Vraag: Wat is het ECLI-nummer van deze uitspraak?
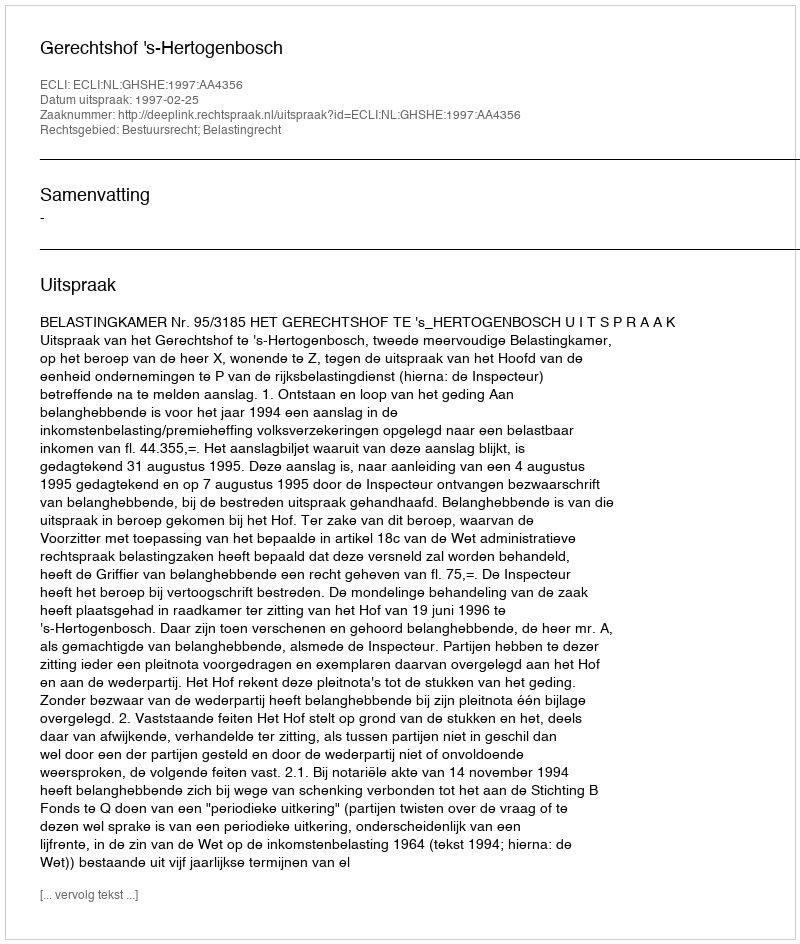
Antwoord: ECLI:NL:GHSHE:1997:AA4356